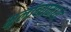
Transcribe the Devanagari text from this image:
मुलांच्यामध्ये